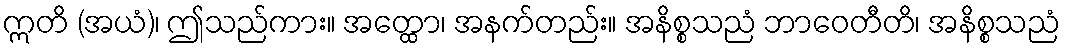
ဣတိ (အယံ)၊ ဤသည်ကား။ အတ္ထော၊ အနက်တည်း။ အနိစ္စသညံ ဘာဝေတီတိ၊ အနိစ္စသညံ